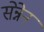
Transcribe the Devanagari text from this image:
सेन्नेन